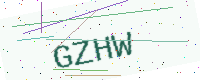
Text: GZHW